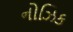
નોઝિક